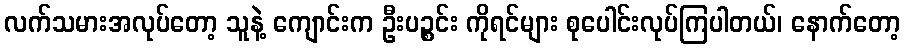
လက်သမားအလုပ်တော့ သူနဲ့ ကျောင်းက ဦးပဉ္စင်း ကိုရင်များ စုပေါင်းလုပ်ကြပါတယ်၊ နောက်တော့